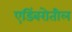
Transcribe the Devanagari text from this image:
एडिंबरोतील